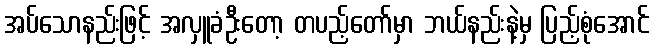
အပ်သောနည်းဖြင့် အလှူခံဦးတော့ တပည့်တော်မှာ ဘယ်နည်းနဲ့မှ ပြည့်စုံအောင်